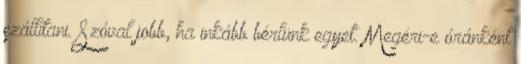
szállítani. Szóval jobb, ha inkább bérlünk egyet. Megéri-e óránként